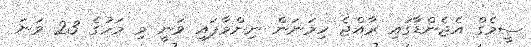
ސީމެގް އެޖެންޑާގައި ރާއްޖެ ހިމަނަން ނިންމާފައި ވަނީ މި މަހުގެ 23 ވަނަ